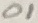
Text: 01